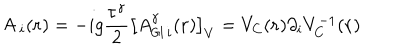
{ \sf A } \, _ { i } ( { \bf { r } } ) = - i g \frac { { \tau } ^ { \gamma } } { 2 } \left[ A _ { { \sf G I } \, i } ^ { \gamma } ( { \bf { r } } ) \right] _ { V } = V _ { C } ( { \bf { r } } ) { \partial } _ { i } V _ { C } ^ { - 1 } ( { \bf { r } } )